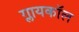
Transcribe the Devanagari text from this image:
ग्लायकॉल